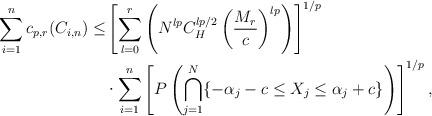
LaTeX: \begin{align*}\begin{aligned}\sum_{i=1}^{n}c_{p,r}(C_{i,n})\leq & \left[\sum_{l=0}^{r}\left(N^{lp}C_{H}^{lp/2}\left(\frac{M_{r}}{c}\right)^{lp}\right)\right]^{1/p}\\ & \cdot\begin{aligned}\sum_{i=1}^{n}\left[P\left(\bigcap_{j=1}^{N}\{-\alpha_{j}-c\leq X_{j}\leq\alpha_{j}+c\}\right)\right]^{1/p},\end{aligned}\end{aligned}\end{align*}